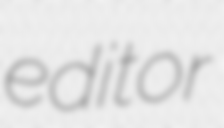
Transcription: editor